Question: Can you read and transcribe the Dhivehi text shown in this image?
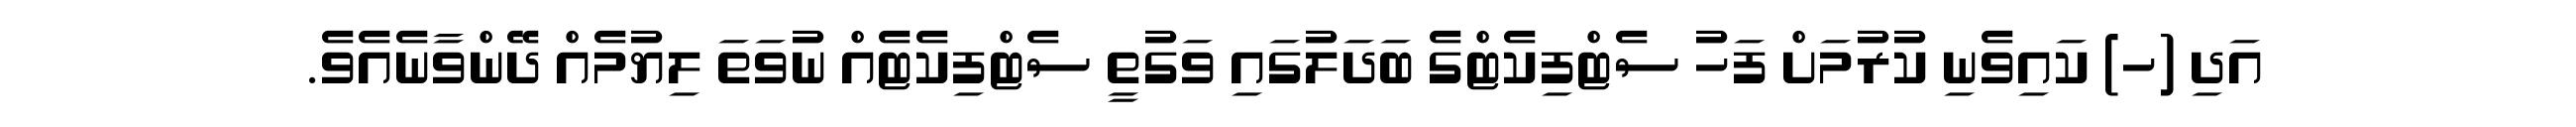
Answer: އަދި (ހ) ކައިވެނި ކުރުމަށް ފަހު ސެޓްފިކެޓްގެ ބަދަލުގައި ވަގުތީ ސެޓްފިކެޓެއް ނުވަތަ ލިޔުމެއް ދޭންވާނެއެވެ.